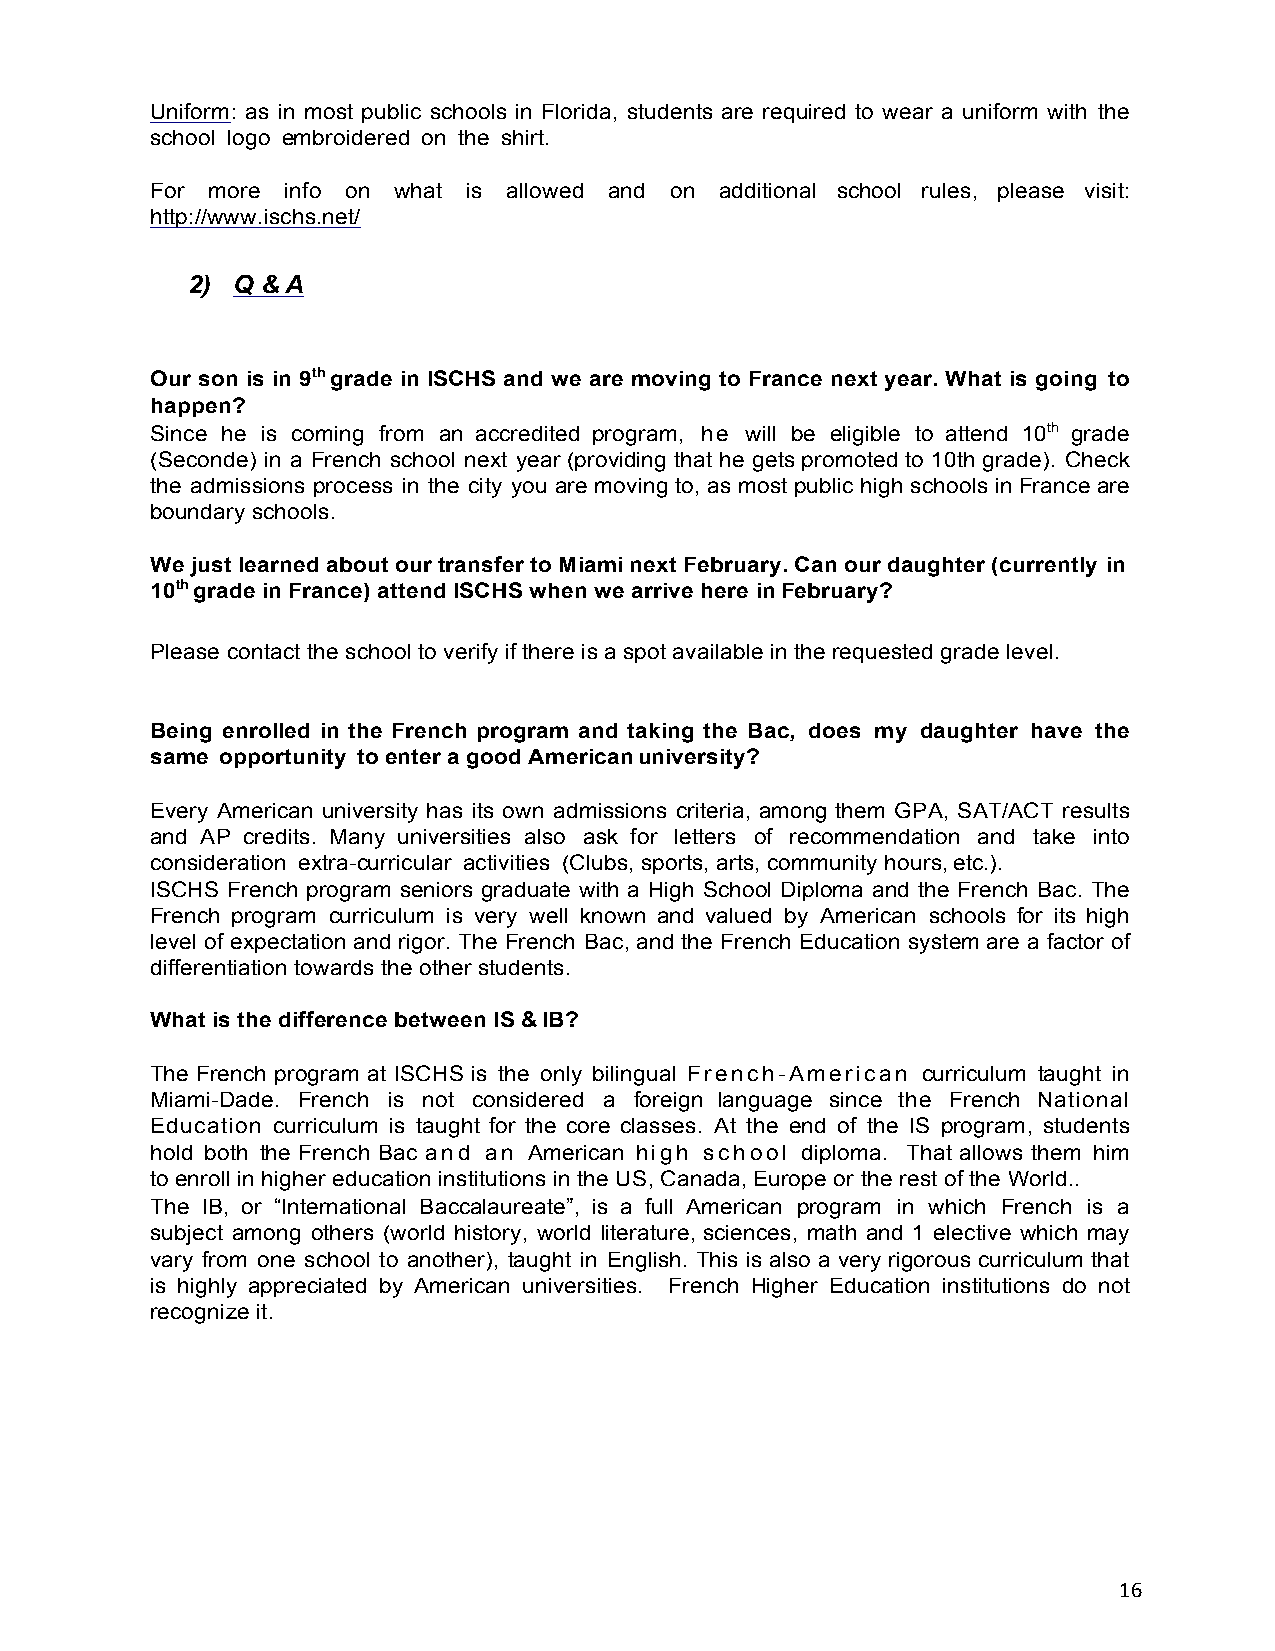
Uniform: as in most public schools in Florida, students are required to wear a uniform with the
 school logo embroidered on the shirt.
 For more info on what is allowed and on additional school rules, please visit:
 http://www.ischs.net/
 2) Q & A
 Our son is in 9th grade in ISCHS and we are moving to France next year. What is going to
 happen?
 Since he is coming from an accredited program, he will be eligible to attend 10th grade
 (Seconde) in a French school next year (providing that he gets promoted to 10th grade). Check
 the admissions process in the city you are moving to, as most public high schools in France are
 boundary schools.
 We just learned about our transfer to Miami next February. Can our daughter (currently in
 10th grade in France) attend ISCHS when we arrive here in February?
 Please contact the school to verify if there is a spot available in the requested grade level.
 Being enrolled in the French program and taking the Bac, does my daughter have the
 same opportunity to enter a good American university?
 Every American university has its own admissions criteria, among them GPA, SAT/ACT results
 and AP credits. Many universities also ask for letters of recommendation and take into
 consideration extra-curricular activities (Clubs, sports, arts, community hours, etc.).
 ISCHS French program seniors graduate with a High School Diploma and the French Bac. The
 French program curriculum is very well known and valued by American schools for its high
 level of expectation and rigor. The French Bac, and the French Education system are a factor of
 differentiation towards the other students.
 What is the difference between IS & IB?
 The French program at ISCHS is the only bilingual French-American curriculum taught in
 Miami-Dade. French is not considered a foreign language since the French National
 Education curriculum is taught for the core classes. At the end of the IS program, students
 hold both the French Bac and an American high school diploma. That allows them him
 to enroll in higher education institutions in the US, Canada, Europe or the rest of the World..
 The IB, or “International Baccalaureate”, is a full American program in which French is a
 subject among others (world history, world literature, sciences, math and 1 elective which may
 vary from one school to another), taught in English. This is also a very rigorous curriculum that
 is highly appreciated by American universities. French Higher Education institutions do not
 recognize it.
 16